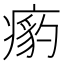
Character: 𱱟